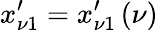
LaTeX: x_{\nu 1}^{\prime}=x_{\nu 1}^{\prime}\left(\nu\right)